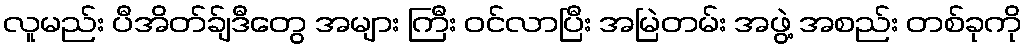
လူမည်း ပီအိတ်ခ်ျဒီတွေ အများ ကြီး ဝင်လာပြီး အမြဲတမ်း အဖွဲ့ အစည်း တစ်ခုကို